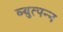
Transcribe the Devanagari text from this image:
व्‍युत्‍पन्‍न